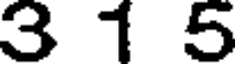
3 1 5